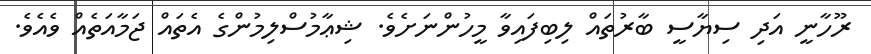
ރޫހާނީ އަދި ސިޔާސީ ބާރުތައް ލިބިފައިވާ މީހުންނަށެވެ. ޝިޢާމުސްލިމުންގެ އެތައް ޖަމާއަތެއް ވެއެވެ.